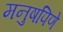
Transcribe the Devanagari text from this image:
मनुषपिणे